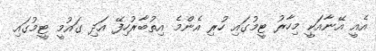
އެއީ އޭނާއަކީ މިހާރު ޓީމުގައި ހުރި އެންމެ އިތުބާރުހިފޭ އަދި ގައުމީ ޓީމުގައި